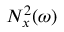
N _ { x } ^ { 2 } ( \omega )